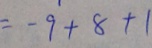
= - 9 + 8 + 1